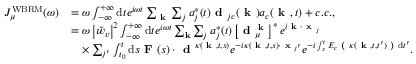
\begin{array} { r l } { J _ { \mu } ^ { \mathrm { W B R M } } ( \omega ) } & { = \omega \int _ { - \infty } ^ { + \infty } \mathrm { d } t e ^ { i \omega t } \sum _ { \textbf { k } } \sum _ { j } a _ { j } ^ { * } ( t ) \textbf { d } _ { j c } ( \textbf { k } ) a _ { c } ( \textbf { k } , t ) + c . c . , } \\ & { = \omega \left| \tilde { w } _ { v } \right| ^ { 2 } \int _ { - \infty } ^ { + \infty } \mathrm { d } t e ^ { i \omega t } \sum _ { \mathbf { k } } \sum _ { j } a _ { j } ^ { * } ( t ) \left[ \textbf { d } _ { \mu } ^ { \textbf { k } } \right] ^ { * } e ^ { i \textbf { k } \cdot \textbf { x } _ { j } } } \\ & { \ \ \ \times \sum _ { j ^ { \prime } } \int _ { t _ { 0 } } ^ { t } \mathrm { d } s \textbf { F } ( s ) \cdot \textbf { d } ^ { \kappa ( \textbf { k } , t , s ) } e ^ { - i \kappa ( \textbf { k } , t , s ) \cdot \textbf { x } _ { j ^ { \prime } } } e ^ { - i \int _ { s } ^ { t } E _ { c } \textbf { ( } \kappa ( \textbf { k } , t , t ^ { \prime } ) \textbf { ) } \mathrm { d } t ^ { \prime } } . } \end{array}